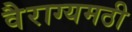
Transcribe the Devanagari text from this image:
वैराग्यमठी